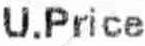
U.PRICE